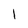
Character: l